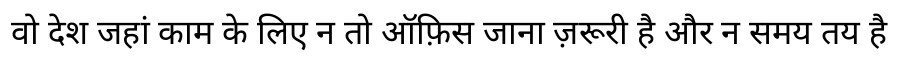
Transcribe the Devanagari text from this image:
वो देश जहां काम के लिए न तो ऑफ़िस जाना ज़रूरी है और न समय तय है